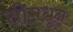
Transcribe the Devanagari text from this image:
तीमधून